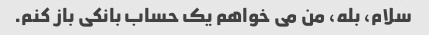
سلام، بله، من می خواهم یک حساب بانکی باز کنم.